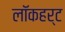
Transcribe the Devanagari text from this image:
लॉकहर्ट